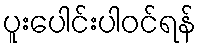
ပူးပေါင်းပါဝင်ရန်